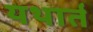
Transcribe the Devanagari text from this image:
यथार्त